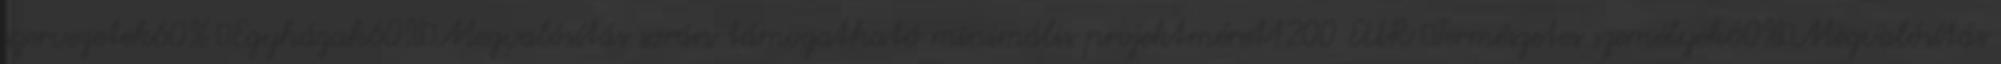
szervezetek60% ▪Egyházak60%▪Megvalósítás során támogatható minimális projektméret1200 EUR ▪Természetes személyek60%▪Megvalósítás